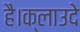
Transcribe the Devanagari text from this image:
है।क्लाउदे